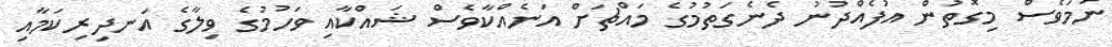
ނަމަވެސް މިގޮތުން އުފެއްދުނު ދެނެގަތުމުގެ މައްޗަށް އަނެއްކާވެސް ޝައްކާއި ވަހުމުގެ ވިލާގެ އަނދިރިކަމާއި